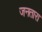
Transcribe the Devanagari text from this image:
जनतारा